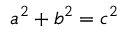
\displaystyle a ^ { 2 } + b ^ { 2 } = c ^ { 2 }